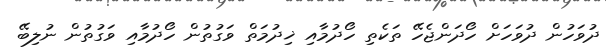
ދުވަހުން ދުވަހަށް ހޯދަންޖެހޭ ތަކެތި ހޯދުމާއި ޚިދުމަތް ވަގުތުން ހޯދުމާއި ވަގުތުން ނުލިބޭ